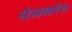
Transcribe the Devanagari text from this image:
मेलकोम